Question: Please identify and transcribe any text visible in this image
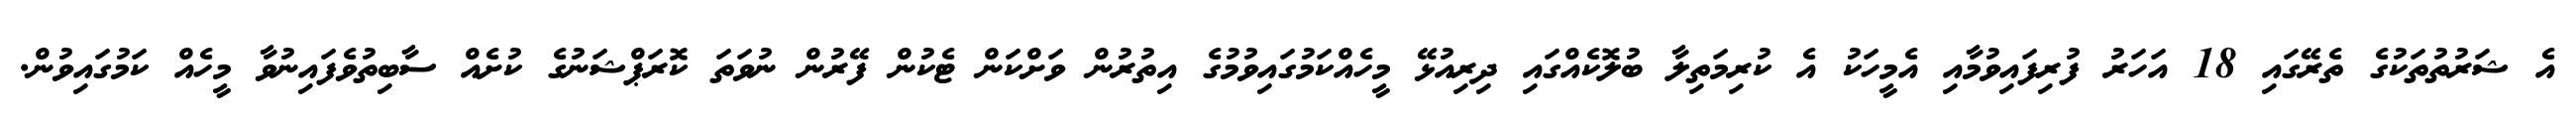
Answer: އެ ޝަރުތުތަކުގެ ތެރޭގައި 18 އަހަރު ފުރިފައިވުމާއި އެމީހަކު އެ ކުރިމަތިލާ ބުލޮކެއްގައި ދިރިއުޅޭ މީހެއްކަމުގައިވުމުގެ އިތުރުން ވަށްކަން ޓެކުން ފޭރުން ނުވަތަ ކޮރަޕްޝަނުގެ ކުށެއް ސާބިތުވެފައިނުވާ މީހެއް ކަމުގައިވުން.